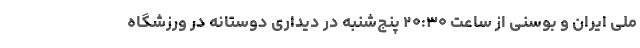
ملی ایران و بوسنی از ساعت ۲۰:۳۰ پنج‌شنبه در دیداری دوستانه در ورزشگاه